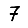
Digit: 7